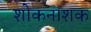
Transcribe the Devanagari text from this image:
शोकनाशक